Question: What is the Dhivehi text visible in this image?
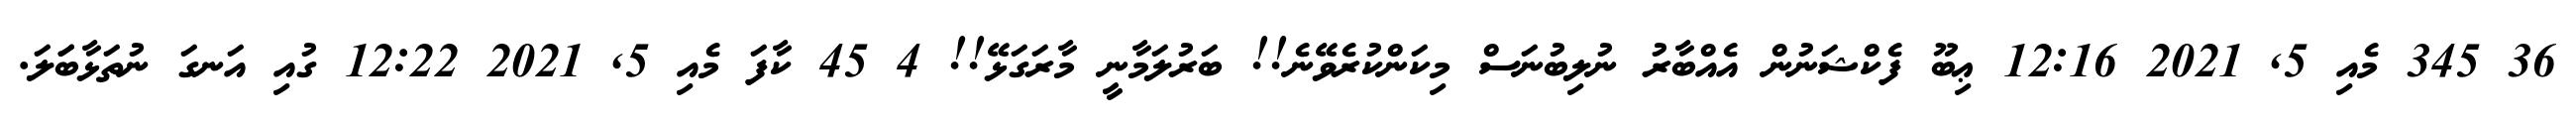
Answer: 36 345 މެއި 5, 2021 12:16 ޢިބޫ ފެކްޝަނުން އެއްބާރު ނުލިބުނަސް މިކަންކުރެވޭނެ!! ބަރުލަމާނީ މާރަގަޅޭ!! 4 45 ކާފަ މެއި 5, 2021 12:22 ގުއި އަނގަ ނުތަޅާބަަލަ.